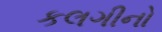
કલગીનો